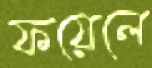
ফয়েলে